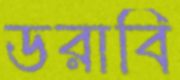
ডরাবি